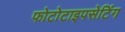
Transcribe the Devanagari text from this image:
फोटोटाइपसेटिंग